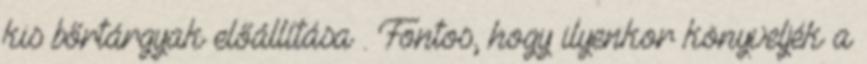
kis bőrtárgyak előállítása . Fontos, hogy ilyenkor könyveljék a